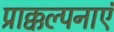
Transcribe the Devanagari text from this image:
प्राक्कल्पनाएं